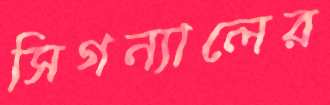
সিগন্যালের